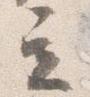
立